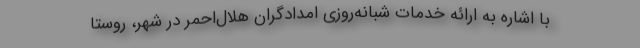
با اشاره به ارائه خدمات شبانه‌روزی امدادگران هلال‌احمر در شهر، روستا